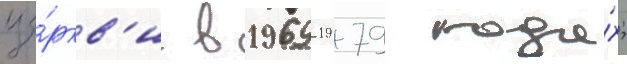
це́ркв'и в 1969-1979 года́х;